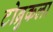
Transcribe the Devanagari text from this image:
टोब्रुकला